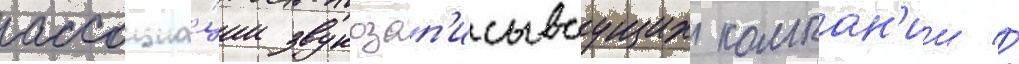
ассоциа́ции звукозап'исываущих компан'ии //